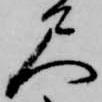
尺